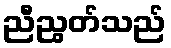
ညီညွတ်သည်